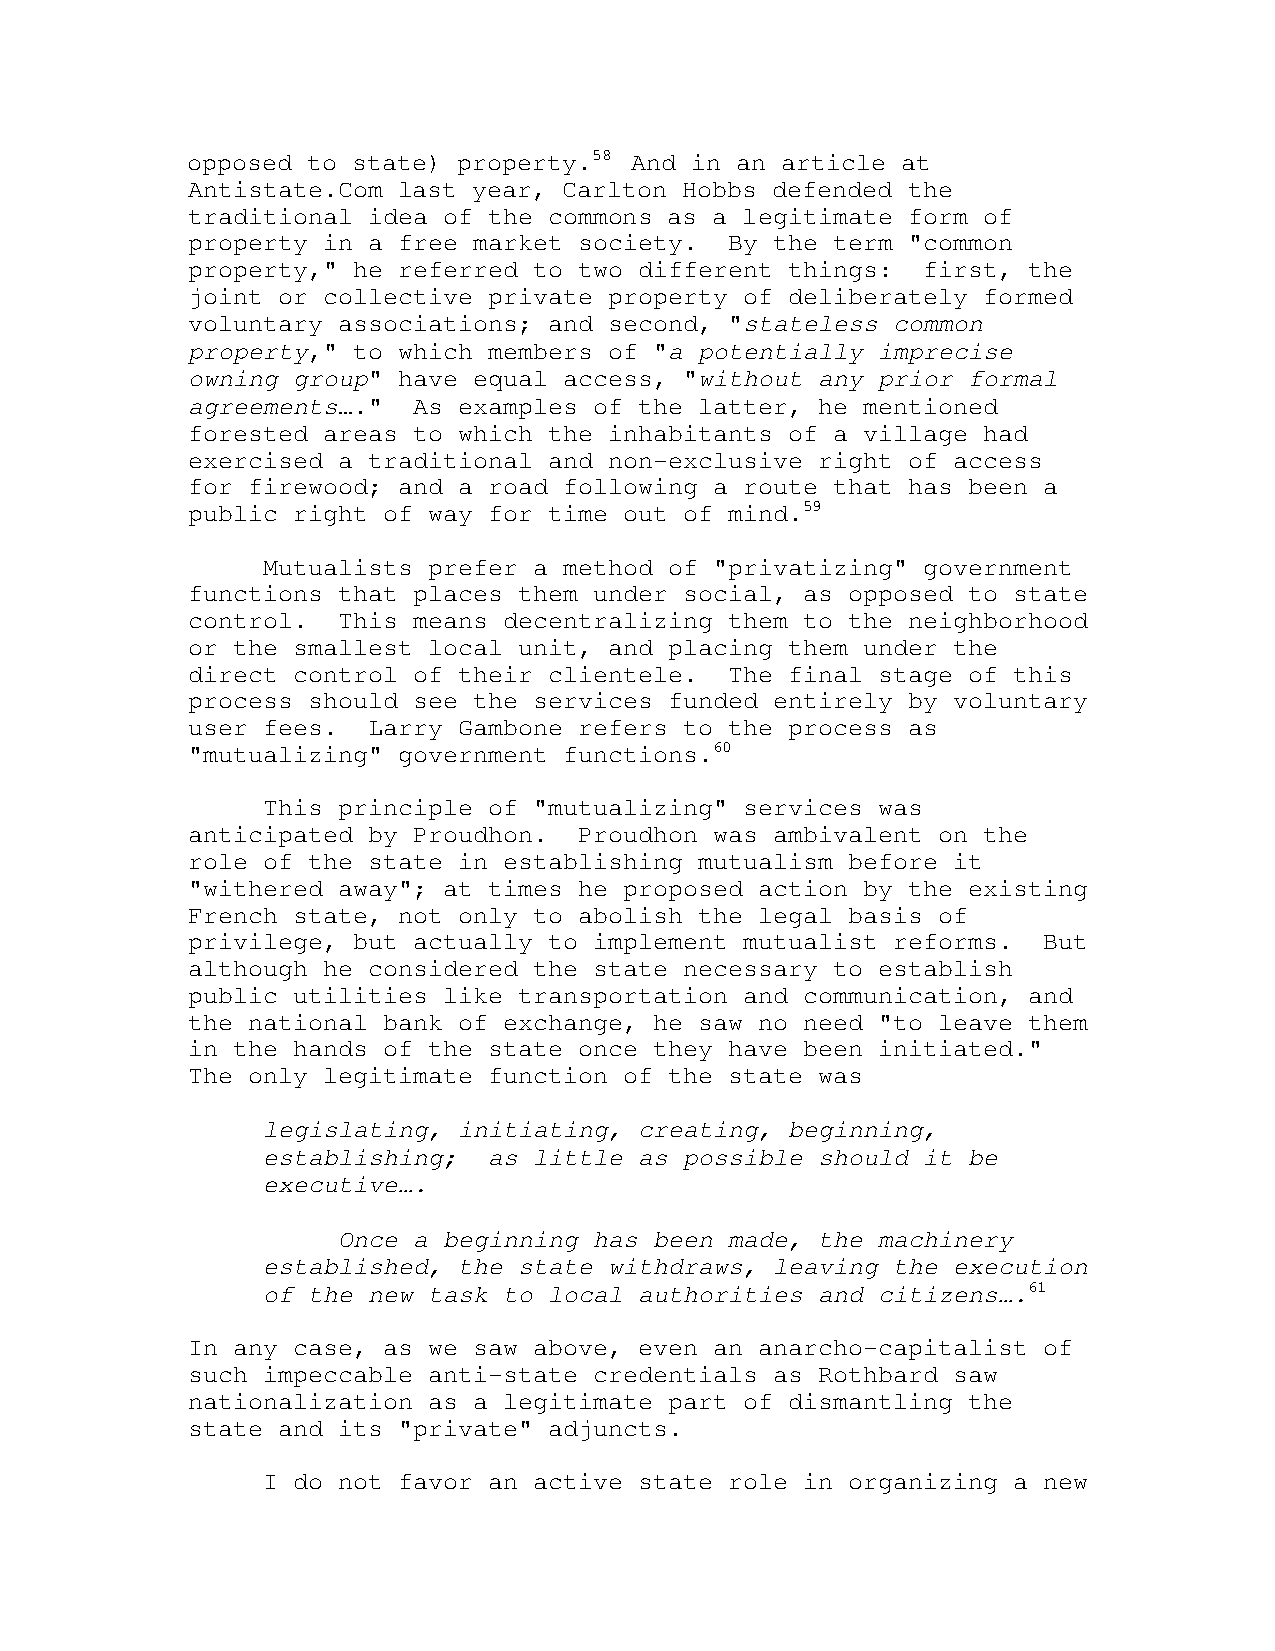
opposed to state) property.58 And in an article at
 Antistate.Com last year, Carlton Hobbs defended the
 traditional idea of the commons as a legitimate form of
 property in a free market society.  By the term "common
 property," he referred to two different things:  first, the
 joint or collective private property of deliberately formed
 voluntary associations; and second, "stateless common
 property," to which members of "a potentially imprecise
 owning group" have equal access, "without any prior formal
 agreements…."  As examples of the latter, he mentioned
 forested areas to which the inhabitants of a village had
 exercised a traditional and non-exclusive right of access
 for firewood; and a road following a route that has been a
 public right of way for time out of mind.59
 Mutualists prefer a method of "privatizing" government
 functions that places them under social, as opposed to state
 control.  This means decentralizing them to the neighborhood
 or the smallest local unit, and placing them under the
 direct control of their clientele.  The final stage of this
 process should see the services funded entirely by voluntary
 user fees.  Larry Gambone refers to the process as
 "mutualizing" government functions.60
 This principle of "mutualizing" services was
 anticipated by Proudhon.  Proudhon was ambivalent on the
 role of the state in establishing mutualism before it
 "withered away"; at times he proposed action by the existing
 French state, not only to abolish the legal basis of
 privilege, but actually to implement mutualist reforms.  But
 although he considered the state necessary to establish
 public utilities like transportation and communication, and
 the national bank of exchange, he saw no need "to leave them
 in the hands of the state once they have been initiated."
 The only legitimate function of the state was
 legislating, initiating, creating, beginning,
 establishing;  as little as possible should it be
 executive….
 Once a beginning has been made, the machinery
 established, the state withdraws, leaving the execution
 of the new task to local authorities and citizens….61
 In any case, as we saw above, even an anarcho-capitalist of
 such impeccable anti-state credentials as Rothbard saw
 nationalization as a legitimate part of dismantling the
 state and its "private" adjuncts.
 I do not favor an active state role in organizing a new